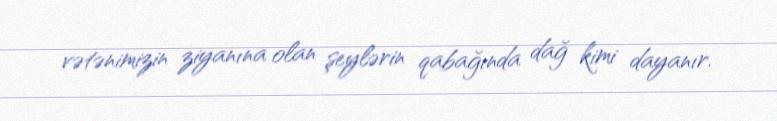
vətənimizin ziyanına olan şeylərin qabağında dağ kimi dayanır.